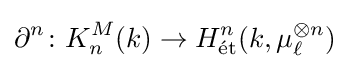
\partial ^{n}\colon K_{n}^{M}(k)\to H_{\rm {{\acute {e}}t}}^{n}(k,\mu _{\ell }^{\otimes n})